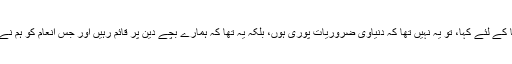
اور جب بھی انہوں نے کوئی دعا کے لئے کہا، تو یہ نہیں تھا کہ دنیاوی ضروریات پوری ہوں، بلکہ یہ تھا کہ ہمارے بچے دین پر قائم رہیں اور جس انعام کو ہم نے پا لیا ہے یہ ہم سے ضائع نہ ہو۔